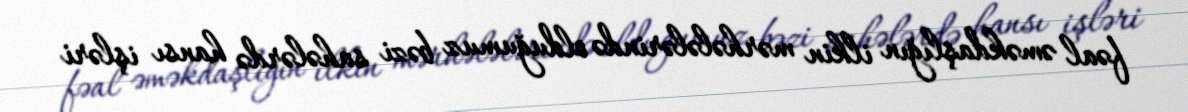
fəal əməkdaşlığın ilkin mərhələlərində olduğumuz bəzi sahələrdə hansı işləri